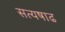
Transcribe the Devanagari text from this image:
सत्यषाढ